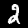
Label: 2